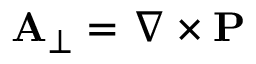
\mathbf { A } _ { \perp } = \nabla \times \mathbf { P }